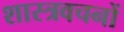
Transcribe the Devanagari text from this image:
शास्त्रवचनों